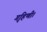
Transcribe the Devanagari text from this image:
गृहिणी।